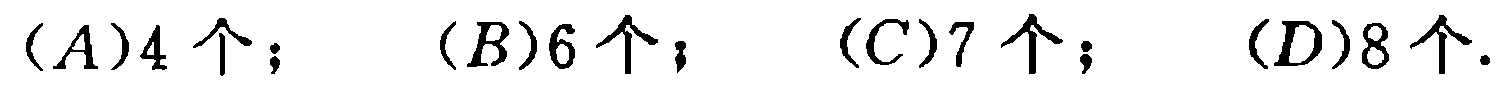
\((A)4个；\ (B)6个；\ (C)7个；\ (D)8个.\)